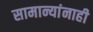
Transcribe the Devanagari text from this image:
सामान्यांनाही